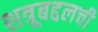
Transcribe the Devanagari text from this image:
शत्रूबद्दलची